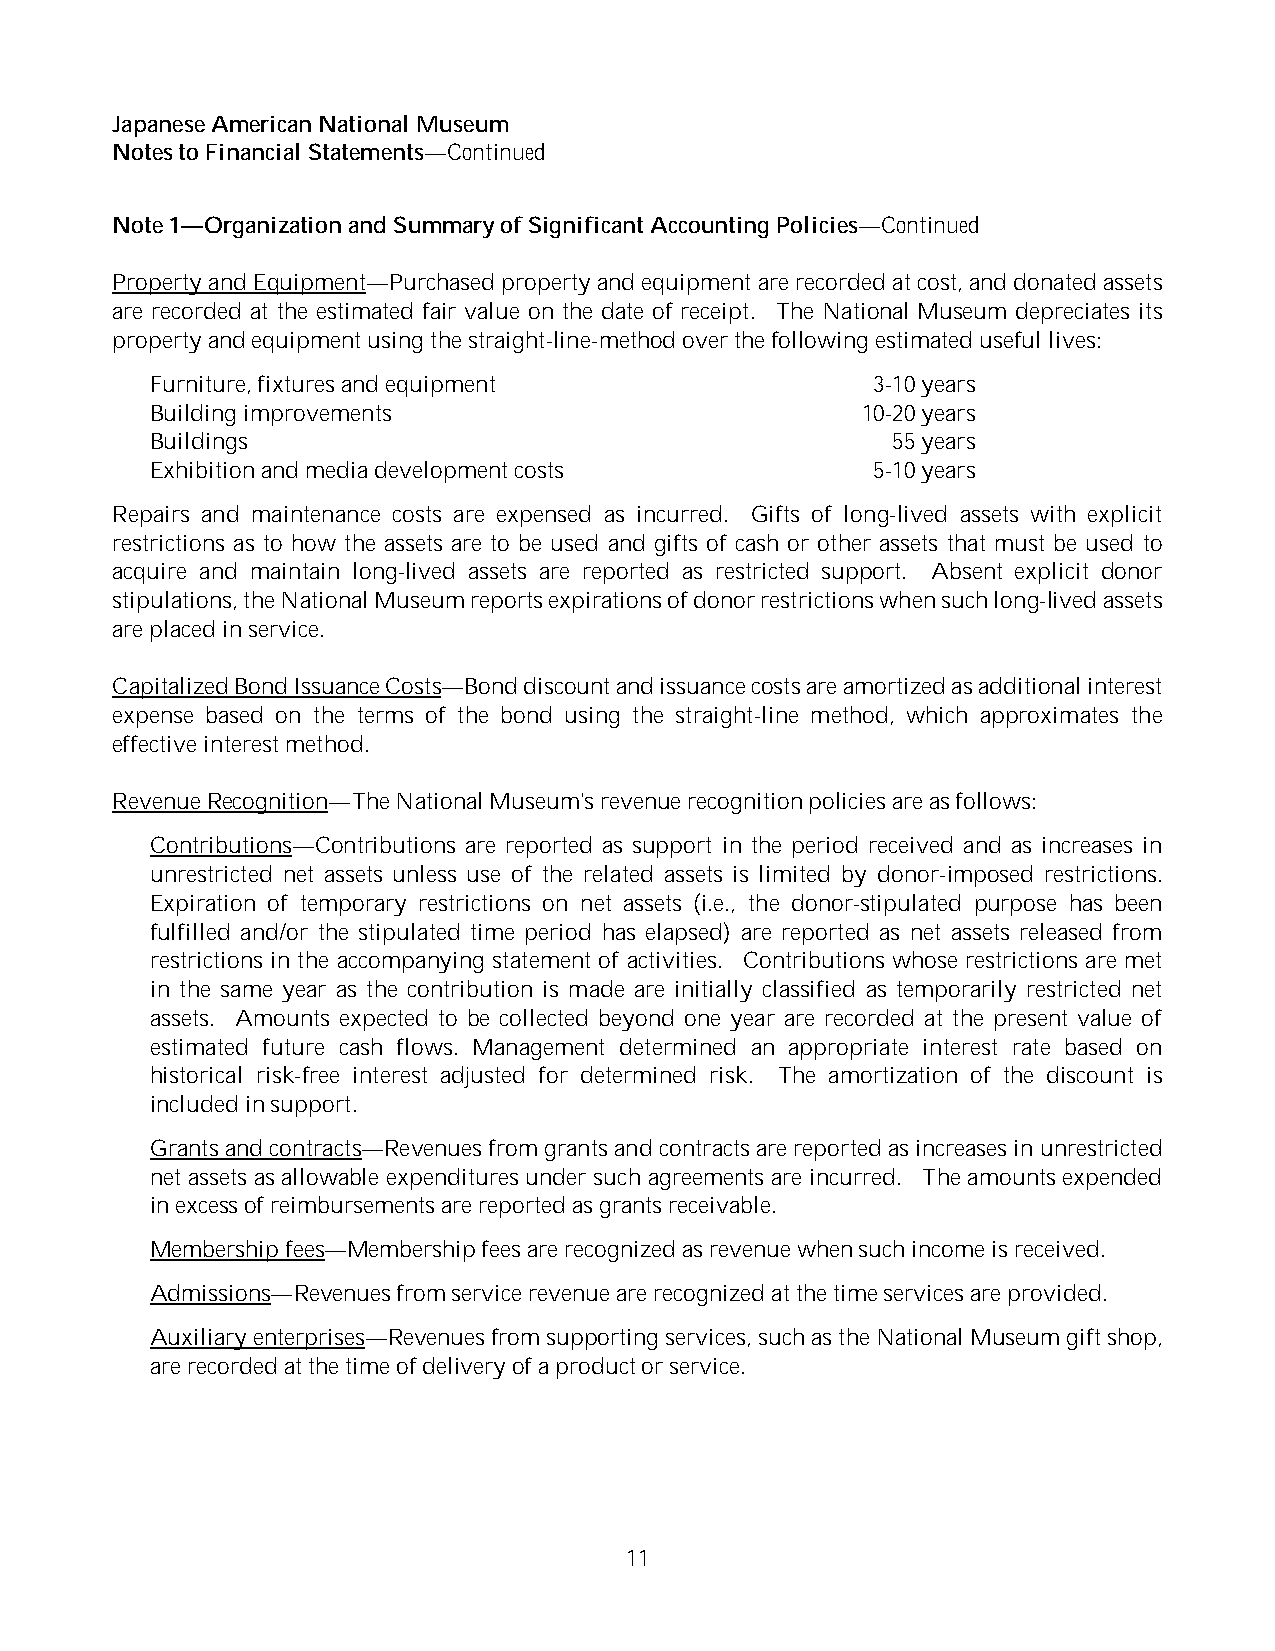
Japanese American National Museum
 Notes to Financial Statements—Continued
 Note 1—Organization and Summary of Significant Accounting Policies—Continued
 Property andEquipment—Purchased property and equipment are recorded at cost, and donated assets
 are recorded at the estimated fair value on the date of receipt. The National Museum depreciates its
 property and equipment using the straight-line-method over the following estimated useful lives:
 Furniture, fixtures and equipment               3-10 years
 Building improvements                          10-20 years
 Buildings                                        55 years
 Exhibition and media development costs          5-10 years
 Repairs and maintenance costs are expensed as incurred. Gifts of long-lived assets with explicit
 restrictions as to how the assets are to be used and gifts of cash or other assets that must be used to
 acquire and maintain long-lived assets are reported as restricted support. Absent explicit donor
 stipulations, the National Museum reports expirations of donor restrictions when such long-lived assets
 are placed in service.
 Capitalized Bond Issuance Costs—Bond discount and issuance costs are amortized as additional interest
 expense based on the terms of the bond using the straight-line method, which approximates the
 effective interest method.
 Revenue Recognition—The National Museum's revenue recognition policies are as follows:
 Contributions—Contributions are reported as support in the period received and as increases in
 unrestricted net assets unless use of the related assets is limited by donor-imposed restrictions.
 Expiration of temporary restrictions on net assets (i.e., the donor-stipulated purpose has been
 fulfilled and/or the stipulated time period has elapsed) are reported as net assets released from
 restrictions in the accompanying statement of activities. Contributions whose restrictions are met
 in the same year as the contribution is made are initially classified as temporarily restricted net
 assets. Amounts expected to be collected beyond one year are recorded at the present value of
 estimated future cash flows. Management determined an appropriate interest rate based on
 historical risk-free interest adjusted for determined risk. The amortization of the discount is
 included in support.
 Grants and contracts—Revenues from grants and contracts are reported as increases in unrestricted
 net assets as allowable expenditures under such agreements are incurred. The amounts expended
 in excess of reimbursements are reported as grants receivable.
 Membership fees—Membership fees are recognized as revenue when such income is received.
 Admissions—Revenues from service revenue are recognized at the time services are provided.
 Auxiliary enterprises—Revenues from supporting services, such as the National Museum gift shop,
 are recorded at the time of delivery of a product or service.
 11